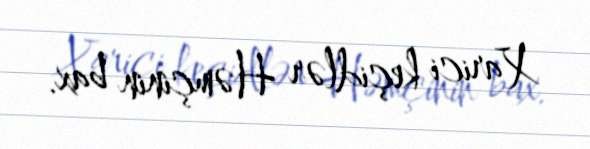
Xarici keçidlər Həmçinin bax.